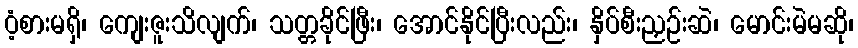
ဝံ့စားမရှိ၊ ကျေးဇူးသိလျက်၊ သတ္တခိုင်ဖြီး၊ အောင်နိုင်ပြီးလည်း၊ နှိပ်စီးညှဉ်းဆဲ၊ မောင်းမဲမဆို၊